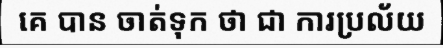
គេ បាន ចាត់ទុក ថា ជា ការប្រល័យ